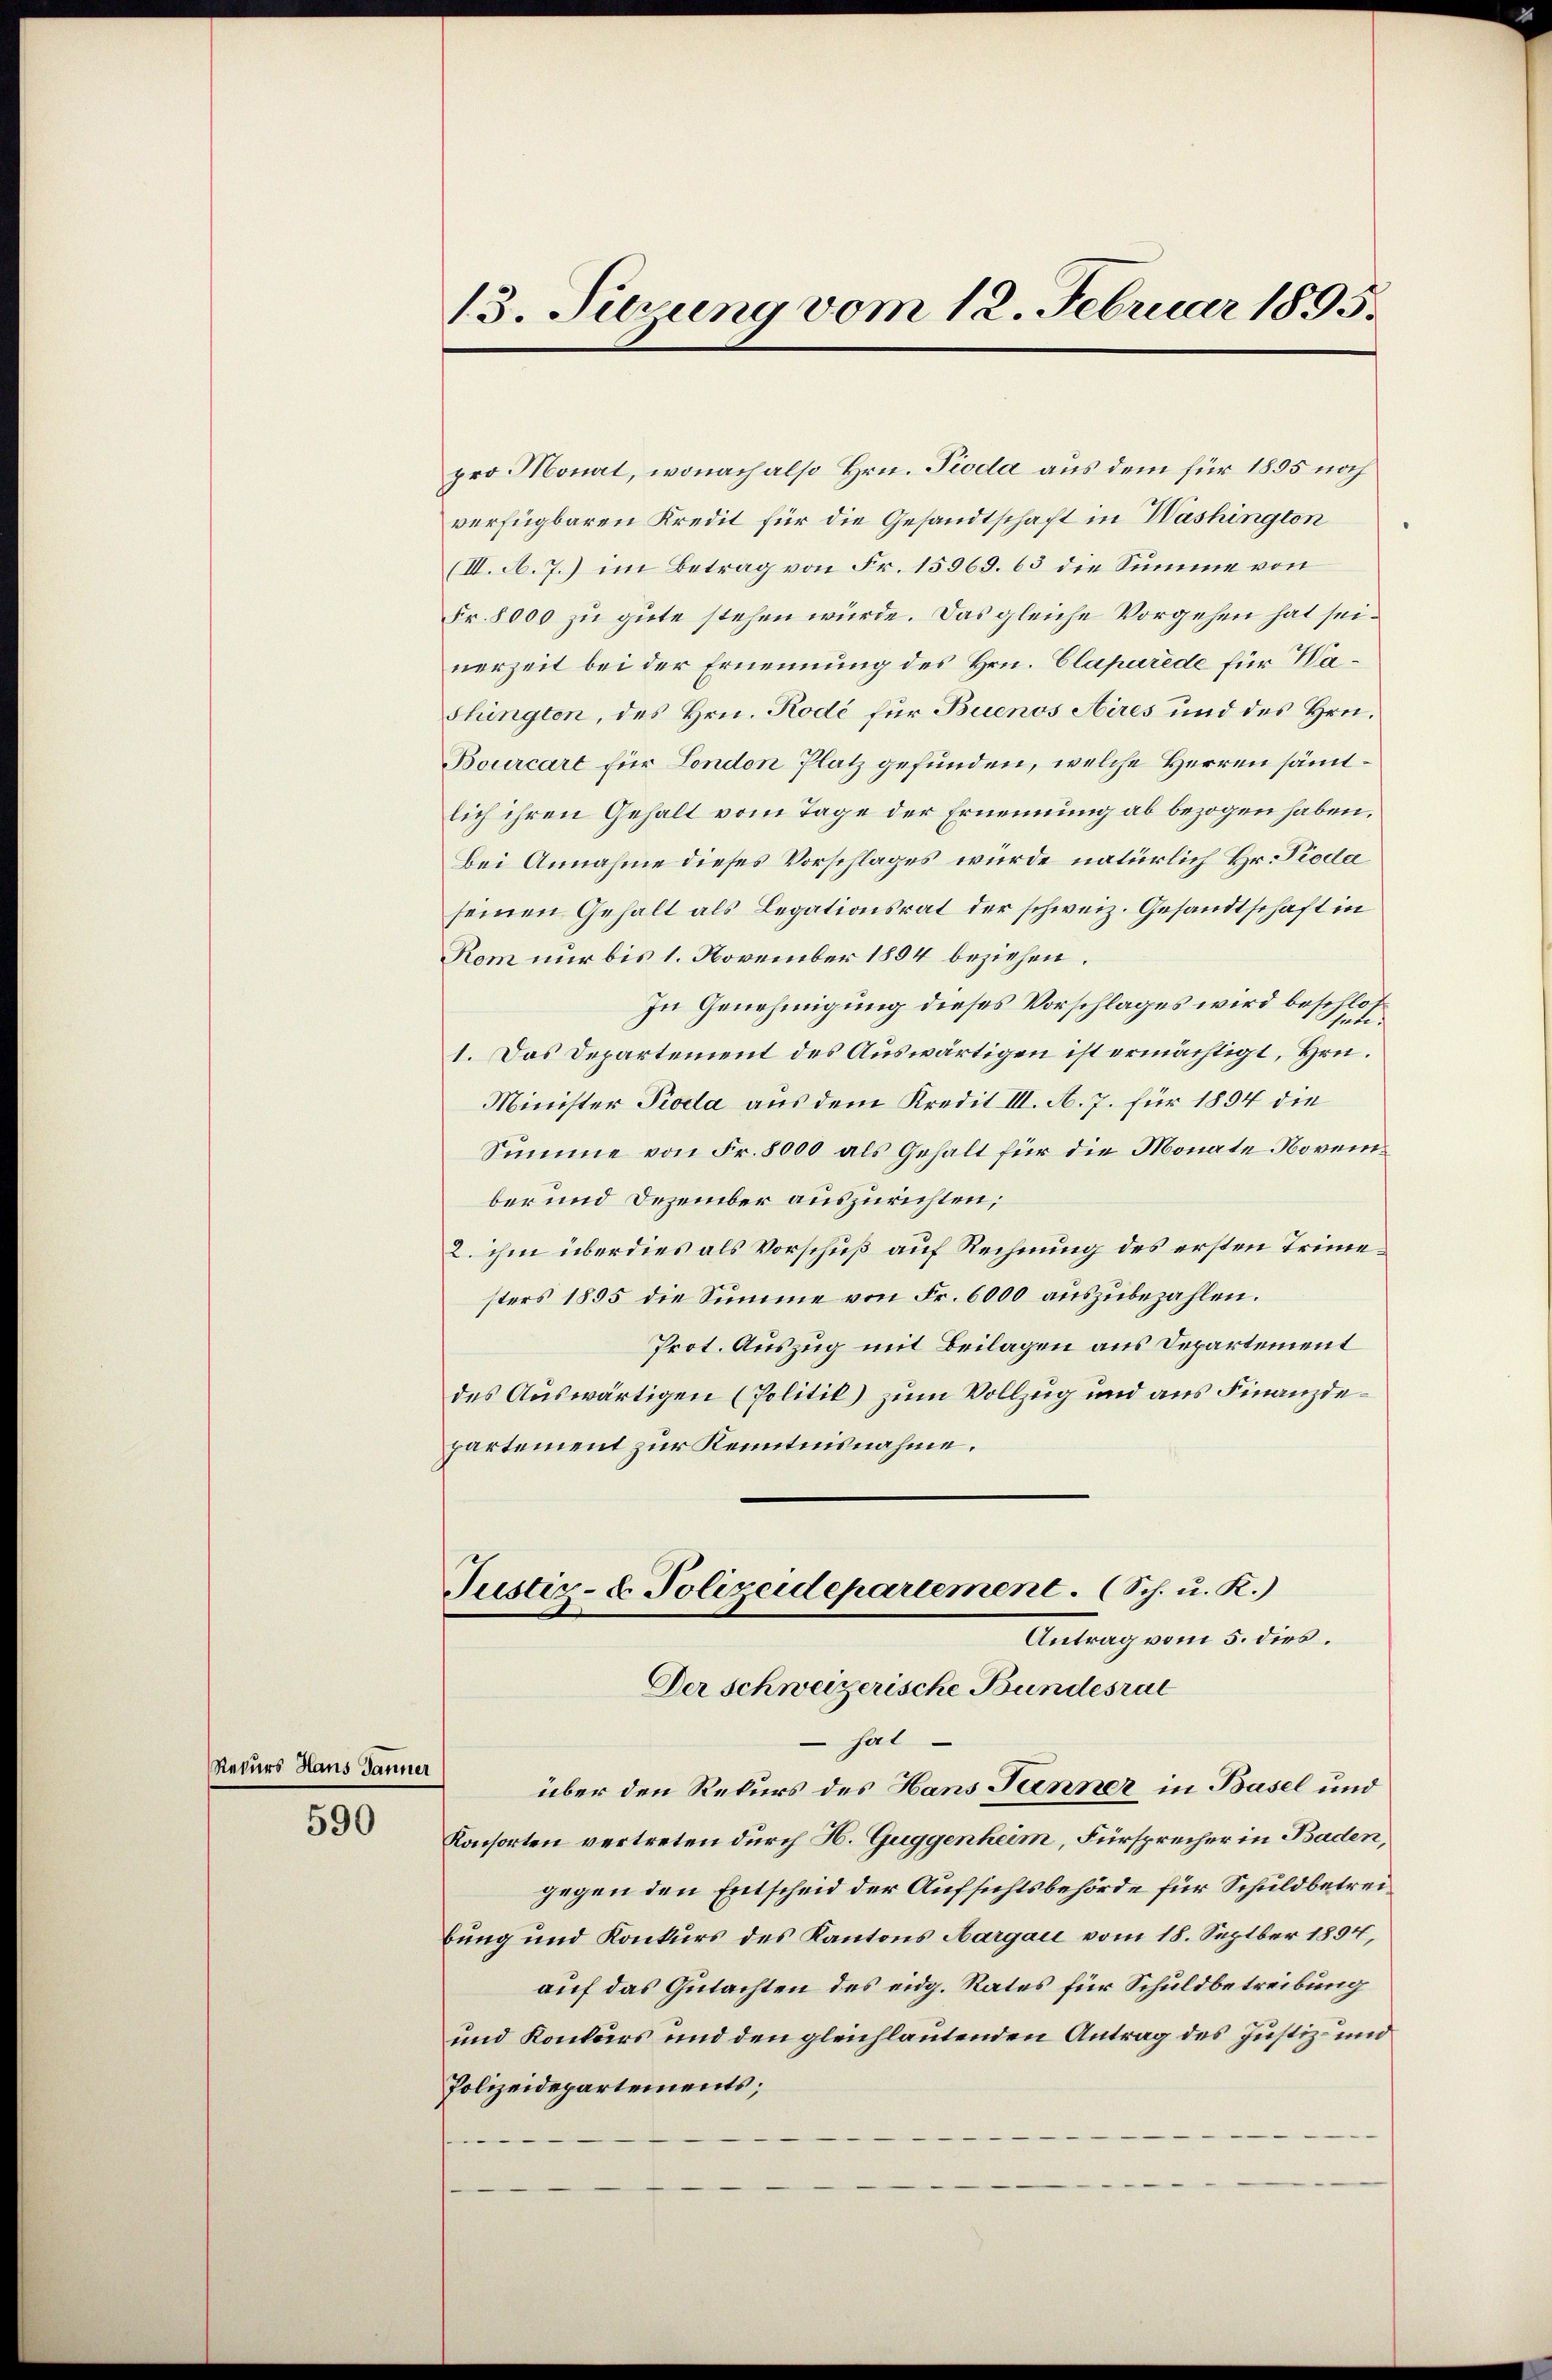
Rekurs Haus Tanner

590

13. Sirung vom 12. Februar 1895.

pro Monat, wonach also Hrn. Pioda aus dem für 1855 noch
verfügbaren Kredit für die Gesandtschaft in Washington
(III. A. 7.) im Betrag von Fr. 15968. 63 die Summe von
Fr. 8000 zu gute stehen würde. Das gleiche Vorgehen hat seinerzeit bei der Ernennung des Hrn. Claparede für Washington, des Hrn. Rodé für Buenos Aires und des Hrn.
Bourcart für London Platz gefunden, welche Herren sämmtlich ihren Gehalt vom Tage der Ernennung ab bezogen haben.
Bei Annahme dieses Vorschlages wurde natürlich Hr. Pioda
seinen Gehalt als Legationsrat der schweiz. Gesandtschaft in
Kom nur bis 1. November 1894 beziehen.
In Genehmigung dieses Vorschlages wird beschlos¬
1. Das Departement des Auswärtigen ist ermächtigt, Hrn.
Minister Pioda aus dem Kredit III. A. 7. für 1894 die
Summe von Fr. 8000 als Gehalt für die Monate November und Dezember auszurichten;
2. ihm überdies als Vorschuß auf Rechnung des ersten Trimesters 1855 die Summe von Fr. 6000 auszubezahlen.
Prot. Auszug mit Beilagen aus Departement
des Auswärtigen (Politik) zum Vollzug und aus Finanzdepartement zur Kenntnisnahme.
Justiz- & Polizeidepartement. (Sch. u. K.)
Antrag vom 5. dies.
Der schweizerische Bundesrat
 hat
über den Rekurs des Hans Panner in Basel und
Konsorten vertreten durch H. Guggenheim, Fürsprecher in Baden,
gegen den Entscheid der Aufsichtsbehörde für Schuldbetreibung und Konkurs des Kantons Aargau vom 18. Septber 1894,
auf das Gutachten des eidg. Rates für Schuldbetreibung
und Konkurs und den gleichlautenden Antrag des Justiz- und
Polizeidepartements;